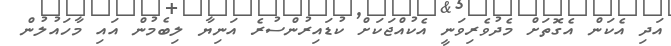
އަދި އެކަން އެގޮތަށް މެދުވެރިވަނީ އެކުއްޖަކަށް ކުޑައިރުންސުރެ އަނިޔާ ލިބެމުން އައި މާހައުލުން